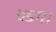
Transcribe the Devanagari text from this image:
बडग।